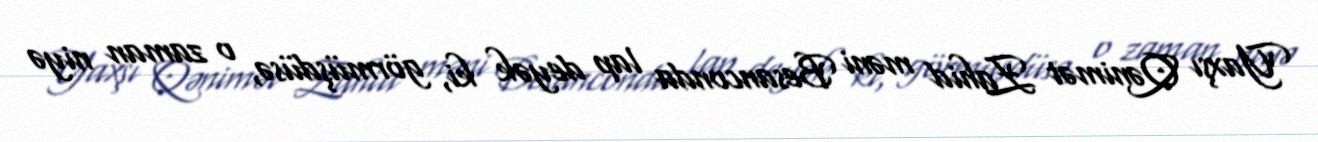
Yaxşı Qənimət Zahid məni Besanconda lap deyək ki, görmüşdüsə, o zaman niyə